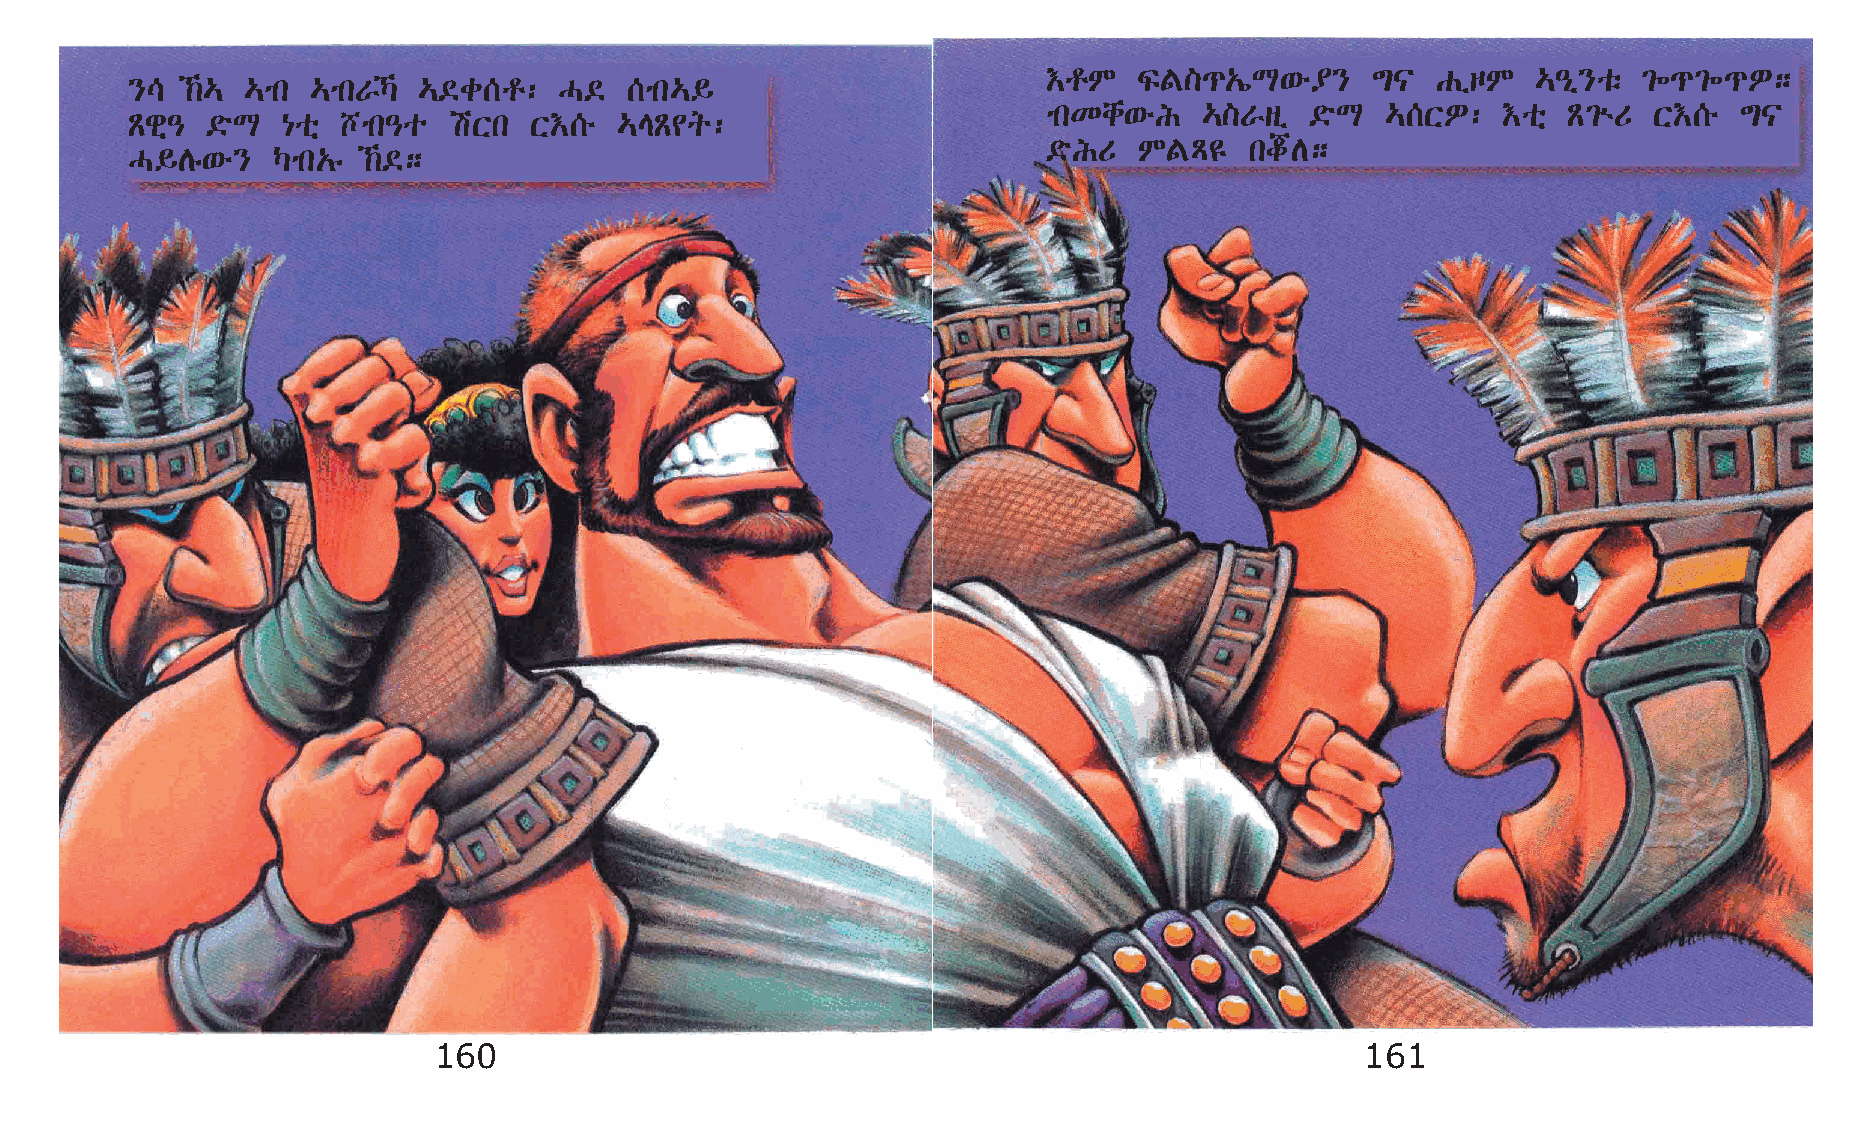
†rM   ÏF]¹„íL‘é¥}     ´|  GïœM   …–ð}oë ²÷¹²÷¹È;
 }\  ‰… …mk  …mkVŠ …©c[r:   H©  [mk…§
 mkKch‘éI   …]Vsï  ©öL  …[XÈ:  †oñ  Ã²ùU X†[é  ´|
 Ãgñ–  ©öL  {oñ bmk–o  aXk  X†[é  …EÃ¢q:
 ©öIU  MFÄ£    kjD;
 H§Dê‘é}   Šmk„ê ‰©;
 160                                                          161